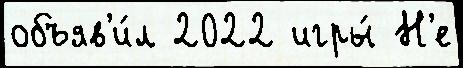
объяв'и́л 2022 игры́ Н'е